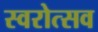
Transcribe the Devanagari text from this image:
स्वरोत्सव